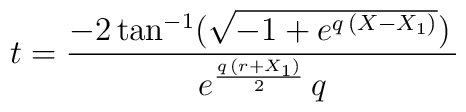
t = {{-2\,{\rm tan}^{-1} ({\sqrt{-1 + {e^{q\,\left( X - { X_1} \right) }}}})\,{ }}\over   {{e^{{{q\,\left( r + { X_1} \right) }\over 2}}}\,q}}